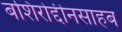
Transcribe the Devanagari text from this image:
बशिरोद्दीनसाहब